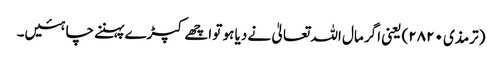
(ترمذی ۲۸۲۰) یعنی اگر مال اللہ تعالیٰ نے دیا ہو تو اچھے کپڑے پہننے چاہئیں۔